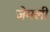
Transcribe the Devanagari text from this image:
जेमली